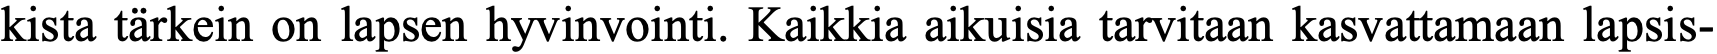
kista tärkein on lapsen hyvinvointi. Kaikkia aikuisia tarvitaan kasvattamaan lapsis-